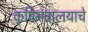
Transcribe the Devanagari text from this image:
कृषिमंत्रालयाचे